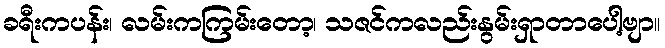
ခရီးကပန်း၊ လမ်းကကြမ်းတော့၊ သဇင်ကလည်းနွမ်းရှာတာပေါ့ဗျာ။